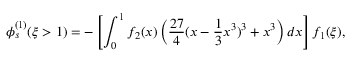
\phi _ { s } ^ { ( 1 ) } ( \xi > 1 ) = - \left[ \int _ { 0 } ^ { 1 } f _ { 2 } ( x ) \left( \frac { 2 7 } { 4 } ( x - \frac { 1 } { 3 } x ^ { 3 } ) ^ { 3 } + x ^ { 3 } \right) d x \right] f _ { 1 } ( \xi ) ,